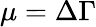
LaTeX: \mu=\Delta\Gamma